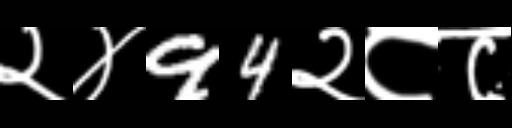
Text: २४94२८८